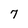
Character: 7